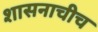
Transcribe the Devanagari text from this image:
शासनाचीच